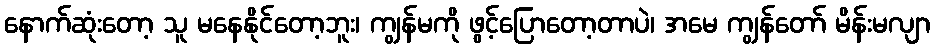
နောက်ဆုံးတော့ သူ မနေနိုင်တော့ဘူး၊ ကျွန်မကို ဖွင့်ပြောတော့တာပဲ၊ အမေ ကျွန်တော် မိန်းမလျာ